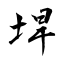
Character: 垾